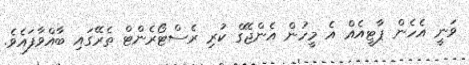
ވަނީ އެހެން ޕާޓީއެއް އެ މީހުން އެންޖޭގް ކުރި ރެސްޓޯރެންޓް ތެރޭގައި ބާއްވާފައެވެ.